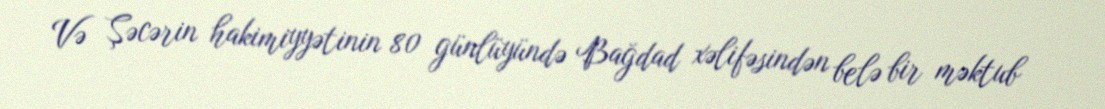
Və Şəcərin hakimiyyətinin 80 günlüyündə Bağdad xəlifəsindən belə bir məktub